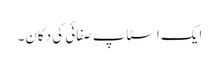
ایک اسٹاپ صفائی کی دکان۔